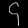
Digit: ၄